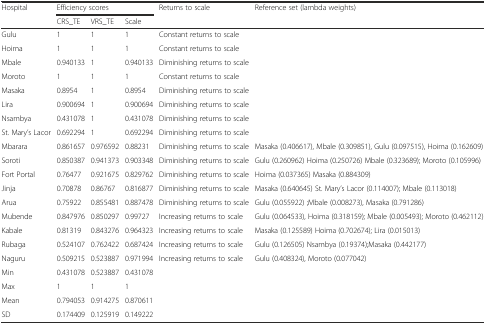
<table><thead><tr><td><b>Hospital</b></td><td colspan="3"><b>Efficiency scores</b></td><td><b>Returns to scale</b></td><td><b>Reference set (lambda weights)</b></td></tr><tr><td></td><td><b>CRS_TE</b></td><td><b>VRS_TE</b></td><td><b>Scale</b></td><td></td><td></td></tr></thead><tbody><tr><td>Gulu</td><td>1</td><td>1</td><td>1</td><td>Constant returns to scale</td><td></td></tr><tr><td>Hoima</td><td>1</td><td>1</td><td>1</td><td>Constant returns to scale</td><td></td></tr><tr><td>Mbale</td><td>0.940133</td><td>1</td><td>0.940133</td><td>Diminishing returns to scale</td><td></td></tr><tr><td>Moroto</td><td>1</td><td>1</td><td>1</td><td>Constant returns to scale</td><td></td></tr><tr><td>Masaka</td><td>0.8954</td><td>1</td><td>0.8954</td><td>Diminishing returns to scale</td><td></td></tr><tr><td>Lira</td><td>0.900694</td><td>1</td><td>0.900694</td><td>Diminishing returns to scale</td><td></td></tr><tr><td>Nsambya</td><td>0.431078</td><td>1</td><td>0.431078</td><td>Diminishing returns to scale</td><td></td></tr><tr><td>St. Mary’s Lacor</td><td>0.692294</td><td>1</td><td>0.692294</td><td>Diminishing returns to scale</td><td></td></tr><tr><td>Mbarara</td><td>0.861657</td><td>0.976592</td><td>0.88231</td><td>Diminishing returns to scale</td><td>Masaka (0.406617), Mbale (0.309851), Gulu (0.097515), Hoima (0.162609)</td></tr><tr><td>Soroti</td><td>0.850387</td><td>0.941373</td><td>0.903348</td><td>Diminishing returns to scale</td><td>Gulu (0.260962) Hoima (0.250726) Mbale (0.323689); Moroto (0.105996)</td></tr><tr><td>Fort Portal</td><td>0.76477</td><td>0.921675</td><td>0.829762</td><td>Diminishing returns to scale</td><td>Hoima (0.037365) Masaka (0.884309)</td></tr><tr><td>Jinja</td><td>0.70878</td><td>0.86767</td><td>0.816877</td><td>Diminishing returns to scale</td><td>Masaka (0.640645) St. Mary’s Lacor (0.114007); Mbale (0.113018)</td></tr><tr><td>Arua</td><td>0.75922</td><td>0.855481</td><td>0.887478</td><td>Diminishing returns to scale</td><td>Gulu (0.055922) ;Mbale (0.008273), Masaka (0.791286)</td></tr><tr><td>Mubende</td><td>0.847976</td><td>0.850297</td><td>0.99727</td><td>Increasing returns to scale</td><td>Gulu (0.064533), Hoima (0.318159); Mbale (0.005493); Moroto (0.462112)</td></tr><tr><td>Kabale</td><td>0.81319</td><td>0.843276</td><td>0.964323</td><td>Increasing returns to scale</td><td>Masaka (0.125589) Hoima (0.702674); Lira (0.015013)</td></tr><tr><td>Rubaga</td><td>0.524107</td><td>0.762422</td><td>0.687424</td><td>Increasing returns to scale</td><td>Gulu (0.126505) Nsambya (0.19374);Masaka (0.442177)</td></tr><tr><td>Naguru</td><td>0.509215</td><td>0.523887</td><td>0.971994</td><td>Increasing returns to scale</td><td>Gulu (0.408324), Moroto (0.077042)</td></tr><tr><td>Min</td><td>0.431078</td><td>0.523887</td><td>0.431078</td><td></td><td></td></tr><tr><td>Max</td><td>1</td><td>1</td><td>1</td><td></td><td></td></tr><tr><td>Mean</td><td>0.794053</td><td>0.914275</td><td>0.870611</td><td></td><td></td></tr><tr><td>SD</td><td>0.174409</td><td>0.125919</td><td>0.149222</td><td></td><td></td></tr></tbody></table>